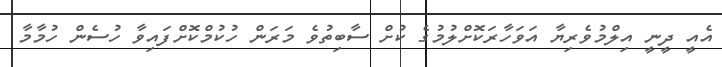
އެއީ ދީނީ އިލްމުވެރިޔާ އަވަހާރަކޮށްލުމުގެ ކުށް ސާބިތުވެ މަރަން ހުކުމްކޮށްފައިވާ ހުސެން ހުމާމާ